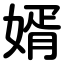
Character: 婿